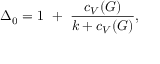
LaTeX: \Delta _ { 0 } = 1 ~ + ~ { \frac { c _ { V } ( G ) } { k + c _ { V } ( G ) } } ,